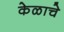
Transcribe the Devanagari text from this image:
केळाचे